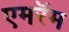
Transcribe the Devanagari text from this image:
एमरॅम